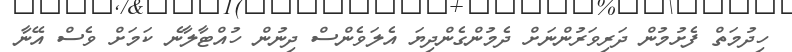
ހިދުމަތް ފެށުމުން ދަރިވަރުންނަށް ދެމުންގެންދިޔަ އެލަވެންސް ދިނުން ހުއްޓާލާނެ ކަމަށް ވެސް އޭނާ